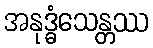
အနုဒ္ဓံသေန္တဿ